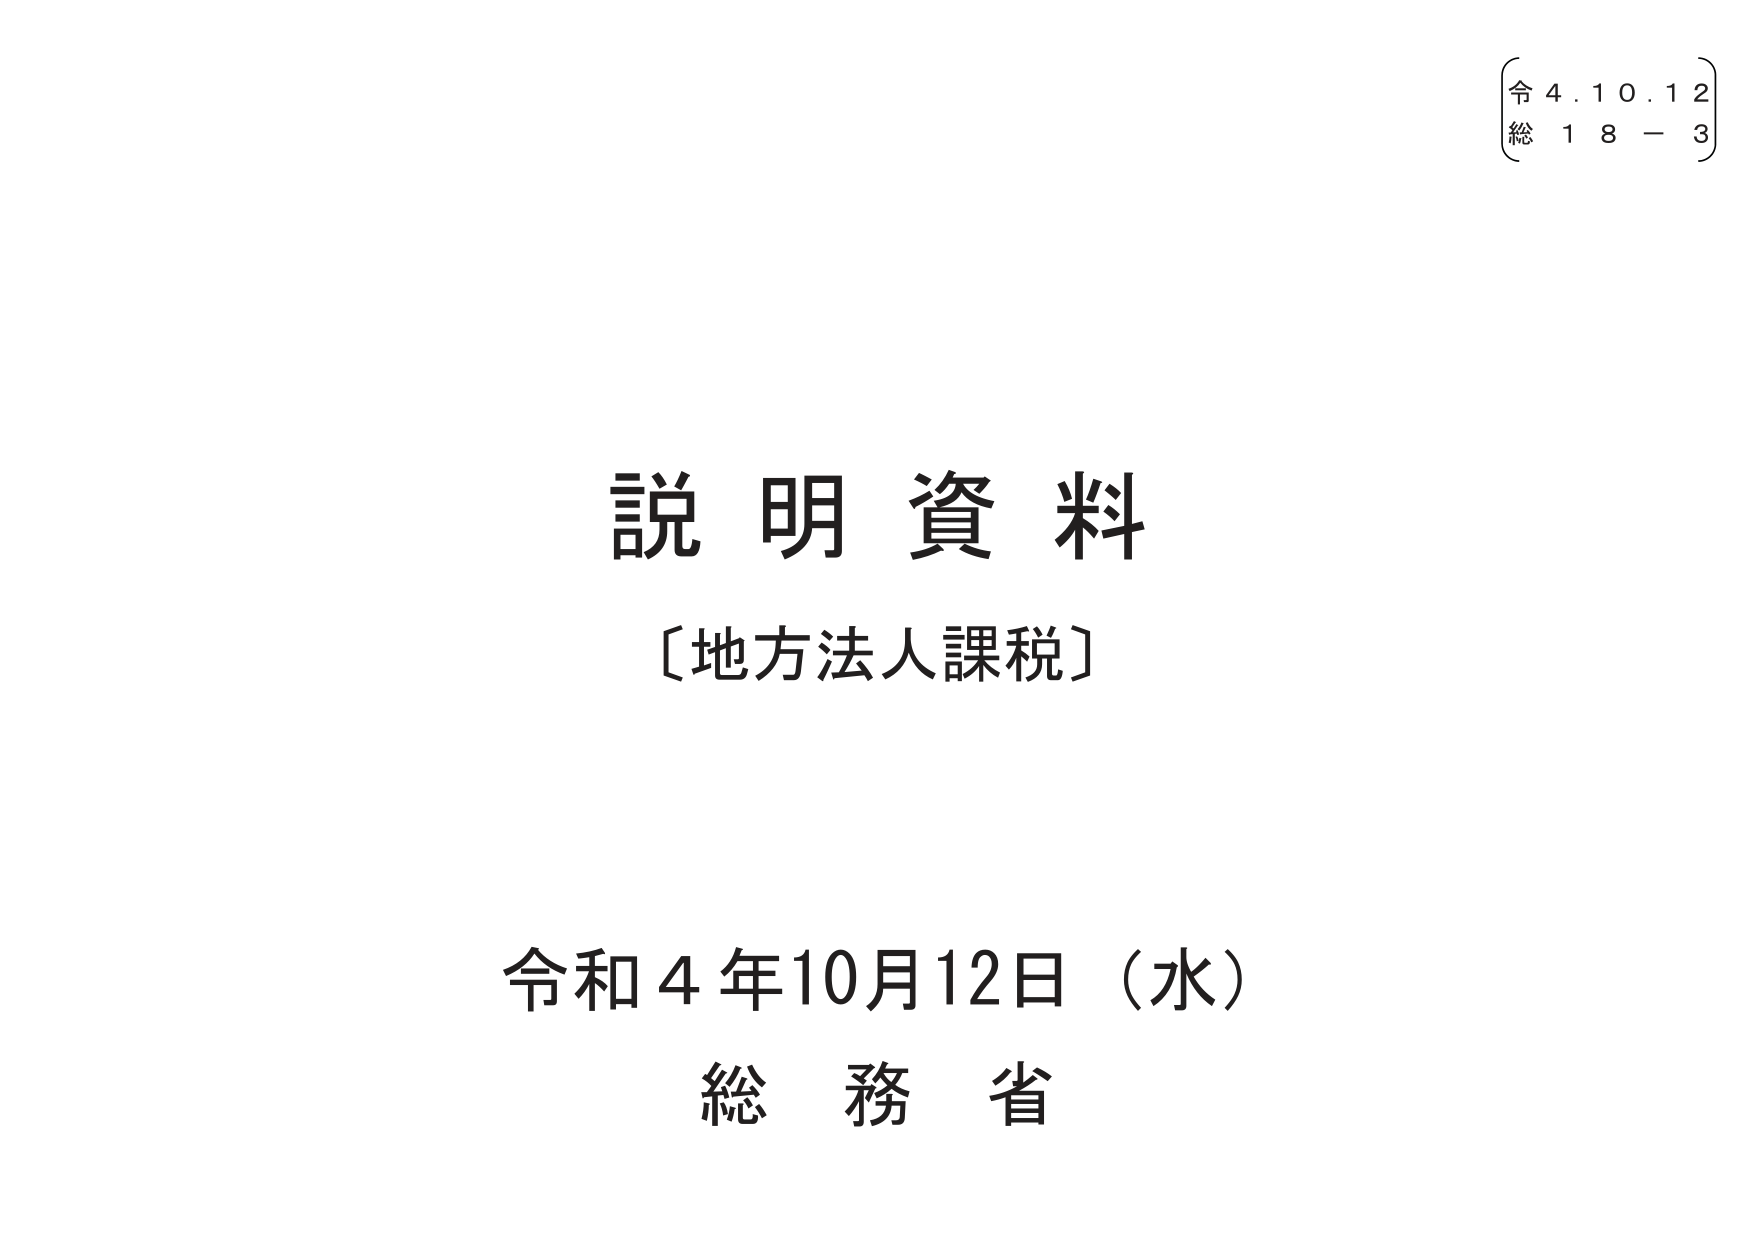
説明資料
〔地方法人課税〕

令和4年10月12日（水）
総務省

〔令 4.10.12〕
〔総 18－3〕